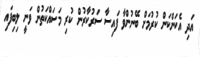
އަދި އެކަންކަން ކުރުމަށް ބޭނުންވާ ފައިސާ ސަރުކާރުން ކުރި މަސައްކަތުން ވަނީ ލިބިފައި